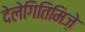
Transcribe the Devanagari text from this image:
देलेगितिमिज़े